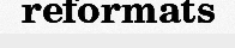
reformats